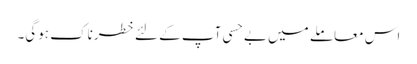
اس معاملے میں بے حسی آپ کے لئے خطرناک ہوگی۔